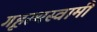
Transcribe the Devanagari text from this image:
गृहस्थस्वामी